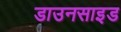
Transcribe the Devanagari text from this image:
डाउनसाइड